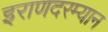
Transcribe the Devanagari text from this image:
इराणदरम्यान